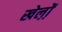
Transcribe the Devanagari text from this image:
खेल़ो़ं